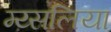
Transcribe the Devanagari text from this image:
म्य्सलिया